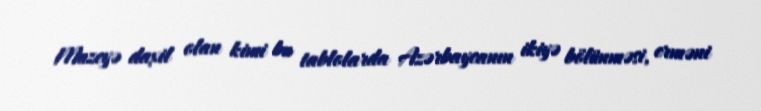
Muzeyə daxil olan kimi bu tablolarda Azərbaycanın ikiyə bölünməsi, erməni